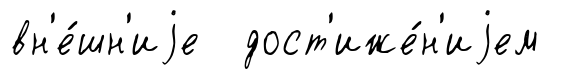
вн'е́шн'иjе дост'иже́н'иjем